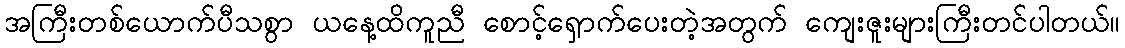
အကြီးတစ်ယောက်ပီသစွာ ယနေ့ထိကူညီ စောင့်ရှောက်ပေးတဲ့အတွက် ကျေးဇူးများကြီးတင်ပါတယ်။